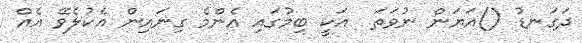
ދަގަނޑު ()އަޔަން ނުވަތަ  އަކީ ބިމުގައި އެންމެ ގިނައިން އެކުލެވޭ އެއް